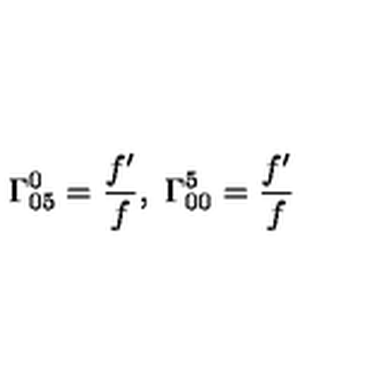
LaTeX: \Gamma _ { 0 5 } ^ { 0 } = \frac { f ^ { \prime } } { f } , \ \Gamma _ { 0 0 } ^ { 5 } = \frac { f ^ { \prime } } { f }